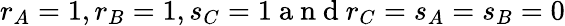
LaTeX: r_{A}=1,r_{B}=1,s_{C}=1\mathrm{~a~n~d~}r_{C}=s_{A}=s_{B}=0